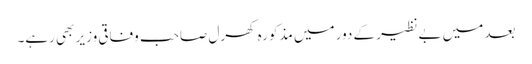
بعد میں بے نظیر کے دور میں مذکورہ کھرل صاحب وفاقی وزیر بھی رہے۔